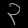
Digit: ၃